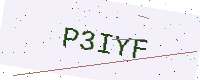
Text: P3IYF